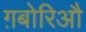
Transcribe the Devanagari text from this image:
ग़बोरिऔ